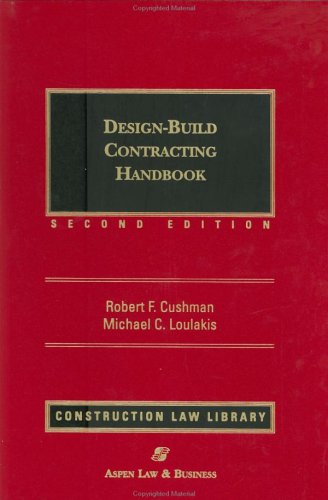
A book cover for Design-Build Contracting Handbook (2 Volume set); Robert F. Cushman; Law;